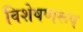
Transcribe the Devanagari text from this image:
विशेषणरूप